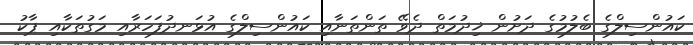
ކައުންސިލްގެ ބެލުމުގެ ދަށުން ޚިދުމަތް ދެވޭ ތަންތަނާއި ކައުންސިލްގެ އުޅަނދުފަހަރާއި މަގުތަކާއި ޕާކު